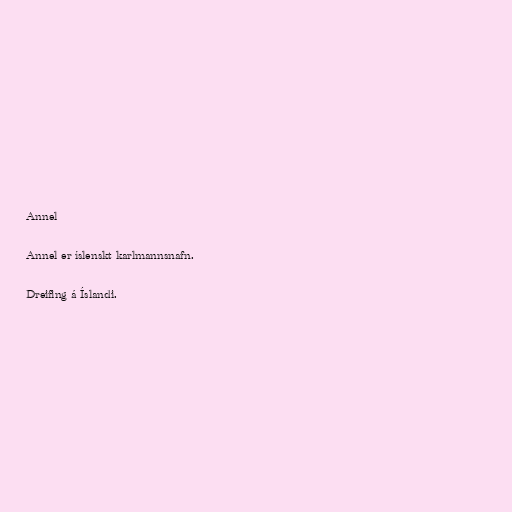
Annel

Annel er íslenskt karlmannsnafn.

Dreifing á Íslandi.